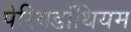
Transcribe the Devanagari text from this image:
पेरियडोंथियम